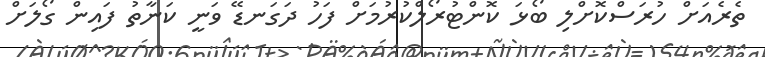
ތެރެއަށް ހުރަސްކޮށްލި ބޯޅަ ކޮންޓުރޯލްކުރުމަށް ފަހު ދަގަނޑޭ ވަނީ ކަނާތު ފައިން ގޯލަށް